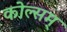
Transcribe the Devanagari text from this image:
कोल्सम्‌